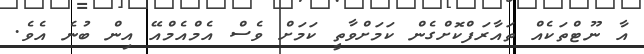
އާ ނޫޓްތަކެއް ތައާރަފްކޮށްގެން ކަމަށްވާތީ ކަމަށް ވެސް އެމްއެމްއޭ އިން ބުނެ އެވެ.